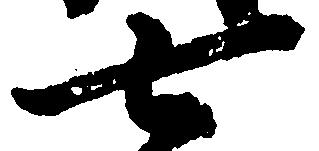
七